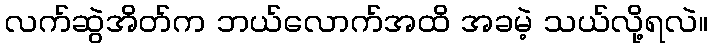
လက်ဆွဲအိတ်က ဘယ်လောက်အထိ အခမဲ့ သယ်လို့ရလဲ။